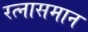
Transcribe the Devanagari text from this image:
रत्नासमान